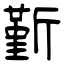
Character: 斳